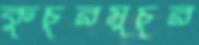
কুচুরমুচুর